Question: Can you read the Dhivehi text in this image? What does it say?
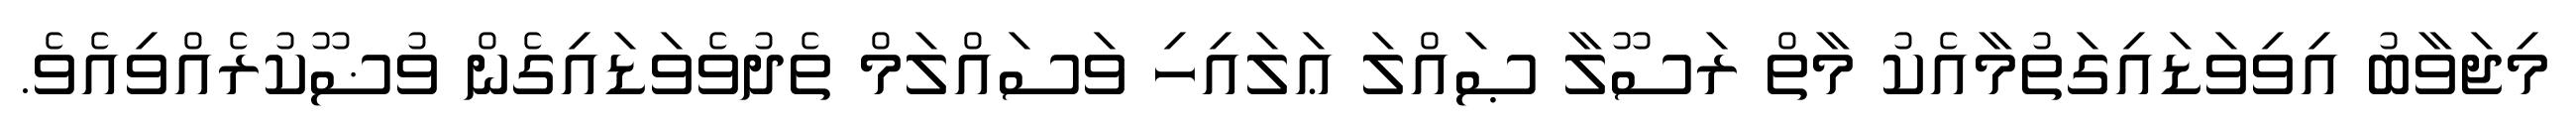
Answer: މިޖަވާބު އިވިވަޑައިގަތުމާއެކު މާތް ރަސޫލާ ޞައްލަ ޢަލައިހި ވަސައްލަމް ތެދުވެވަޑައިގެން ވުޟޫކުރެއްވިއެވެ.